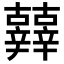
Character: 𨑀